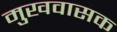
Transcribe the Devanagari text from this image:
मुखवासक